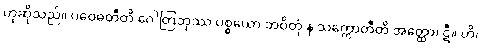
ဟုဆိုသည်။ ပဝေဓတီတိ ဂေါတြဘုဿ ပစ္စယော ဘဝိတုံ န သက္ကောတီတိ အတ္ထော၊ ဋီ။ ဟိ၊